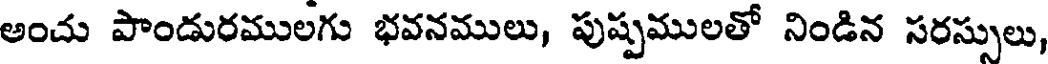
అంచు పాండురములగు భవనములు, పుష్పములతో నిండిన సరస్సులు,